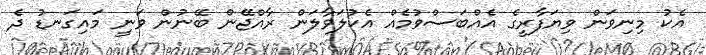
އެކު މިނިވަން ވިޔަފާރީގެ އެއްބަސްވުމެއް އެކުލަވާލަން ރާއްޖޭން ބޭނުން ވަނީ މައިގަނޑު ދެ